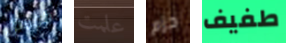
كممثل علمت حزم طفيف